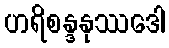
ဟရိစန္ဒနုဿဒေါ